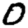
Digit: 0